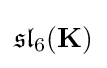
{\mathfrak {sl}}_{6}(\mathbf {K} )